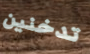
تدخنين